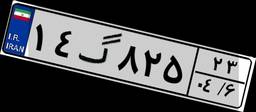
۱۴گ۸۲۵۲۳